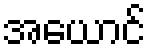
အယောင်